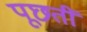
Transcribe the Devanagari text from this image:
पूछतीं